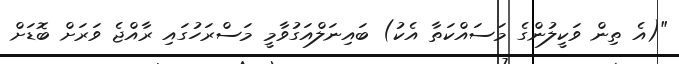
"(އެ ތިން ވަކީލުންގެ މަސައްކަތާ އެކު) ބައިނަލްއަގުވާމީ މަސްރަހުގައި ރާއްޖެ ވަރަށް ބޮޑަށް